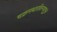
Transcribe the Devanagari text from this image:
चक्रमथारविन्दयुगुलं